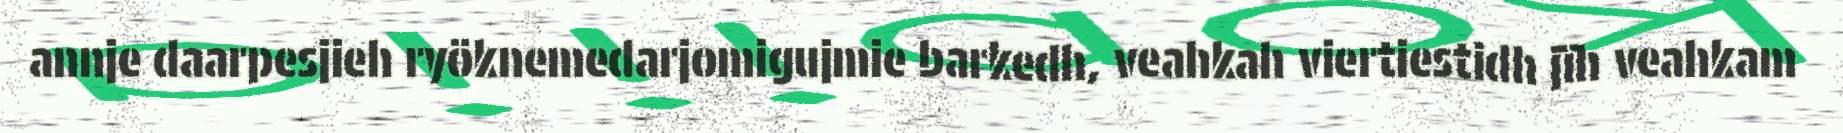
annje daarpesjieh ryöknemedarjomigujmie barkedh, veahkah viertiestidh jïh veahkam